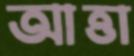
আত্তা